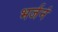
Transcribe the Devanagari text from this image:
भर्जनं